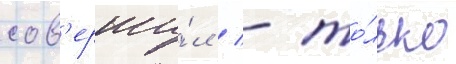
сов'ерши́л / - то́лько